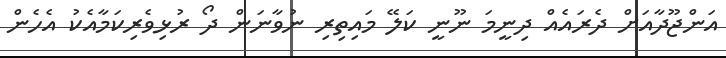
އަންޖޫދާއަށް ދެރައެއް ދިނީމަ ނޫނީ ކަލޭ މައިތިރި ނުވާނަން ދޯ ރުޅިވެރިކަމާއެކު އެހެން